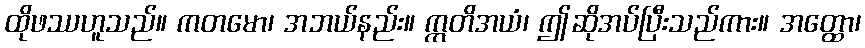
ထိုဖဿဟူသည်။ ကတမော၊ အဘယ်နည်း။ ဣတိအယံ၊ ဤဆိုအပ်ပြီးသည်ကား။ အတ္ထော၊